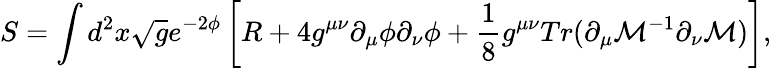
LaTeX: S=\int d^{2}x\sqrt{g}e^{-2\phi}\left[R+4g^{\mu\nu}\partial_{\mu}\phi\partial_{\nu}\phi+\frac{1}{8}g^{\mu\nu}Tr(\partial_{\mu}{\cal M}^{-1}\partial_{\nu}{\cal M})\right],